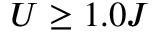
U \geq 1 . 0 J